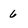
Character: 6